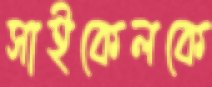
সাইকেলকে